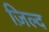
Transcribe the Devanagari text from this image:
ज़िल्द